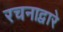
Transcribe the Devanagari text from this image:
रचनाद्वारे